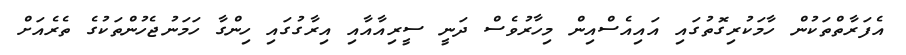
އެފަރާތްތަކުން ހާމަކުރިގޮތުގައި އައިއެސްއިން މިހާރުވެސް ދަނީ ސީރިއާއާއި އިރާގުގައި ހިންގާ ހަމަނުޖެހުންތަކުގެ ތެރެއަށް